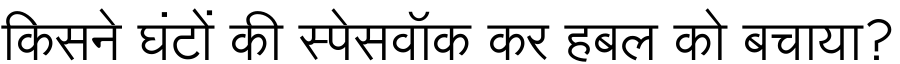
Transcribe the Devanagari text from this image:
किसने घंटों की स्पेसवॉक कर हबल को बचाया?